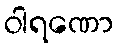
ဝါရဏော